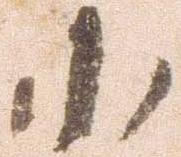
小